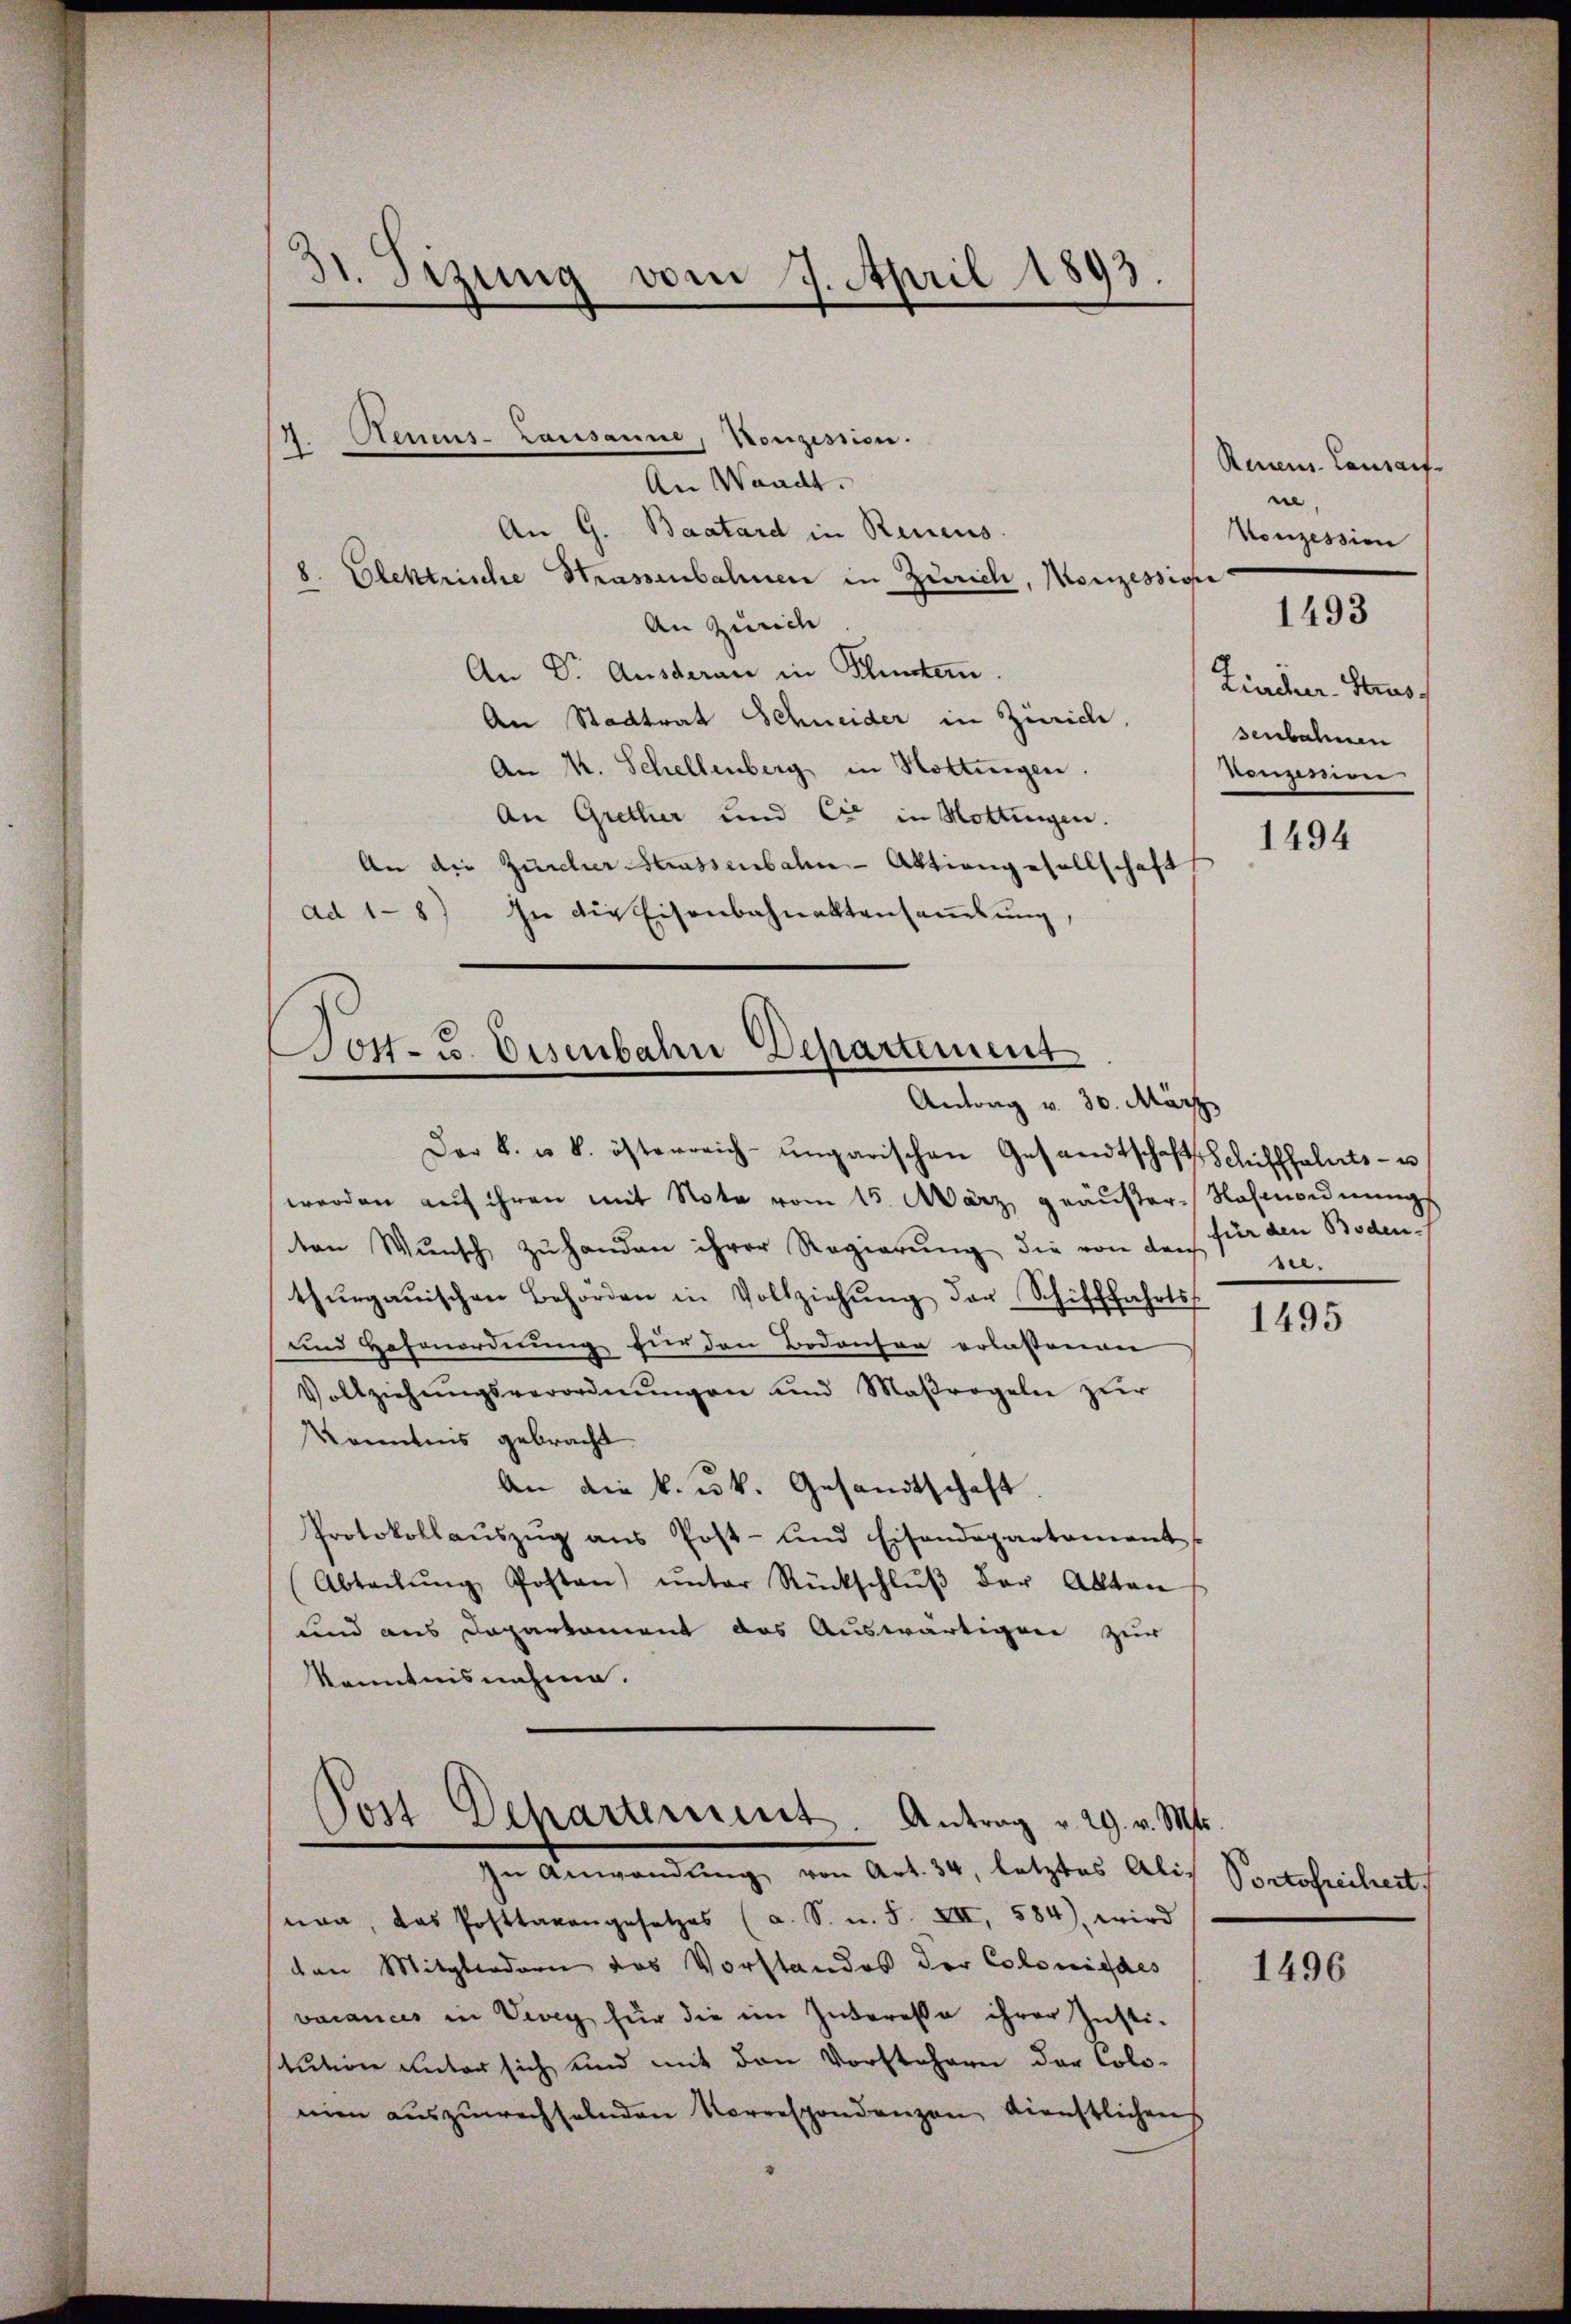
d
A. Sizung vom 9. April 1893.

1
1

Renuens- Lausanne, Konzession.
An Waadt.
An G. Baatard in Reueus.
8. Elektrische Strassenbahnen in Zürich, Konzessione
An Zürich
An Dr. Ausderan in Platern.
An Stadtrat Schneider in Zürich,
An K. Schellenberg in Hottingen.
An Grether und Cie in Hottingen.
An die Zürcher Strassenbahn-Aktiengesellschaft
In die Eisenbahnaktensammlung,
Ad 1

Post- u. Eisenbahn Departement
Antrag v. 30. März

non, das Posttaxangesetzes (a. S. u. S. XII, 584) wird
ten Mitgliedern das Vorstandes der Colonistes
vacances in Vevey für die im Interesse ihrer Insti-
stution unter sich und mit den Vorstehern der Colo-
mien auszuwechselnden Vorrespondenzen dienstlichens

Der k. u. k. österreich-ungarischen Gesandtschaft Schifffahrts- u
werden aŭf ihren mit Note vom 15. März geäußer-Nohrordnungs
ten Wunsch zu handen ihrer Regierung die von der
thŭrgauischen Behörden in Vollziehŭng der Schifffahrts-
und Hafenordnung für den Bodenser erlassenen
Vollziehŭngsverordnŭngen und Maßregeln zŭr
Kenntnis gebracht.
An die k. k. Gesandtschaft
Protokollaŭszŭg ans Post- und Eisendepartament
(Abteilŭng Posten ŭnter Rückschlŭβ der Akten
und aus Departament das Auswärtigere zur
Kenntnisnahme.

Post Departement Antrag v. 29. v. Mts.
.
In Anwendŭng von Art. 34, letztes Ali¬

Rennens. Lausauf-
n
Konzession

1493

Zürcher-Strus
senbahnen
konzession

1494

für den Boden.
see.

1495

Portofreiheit

1496